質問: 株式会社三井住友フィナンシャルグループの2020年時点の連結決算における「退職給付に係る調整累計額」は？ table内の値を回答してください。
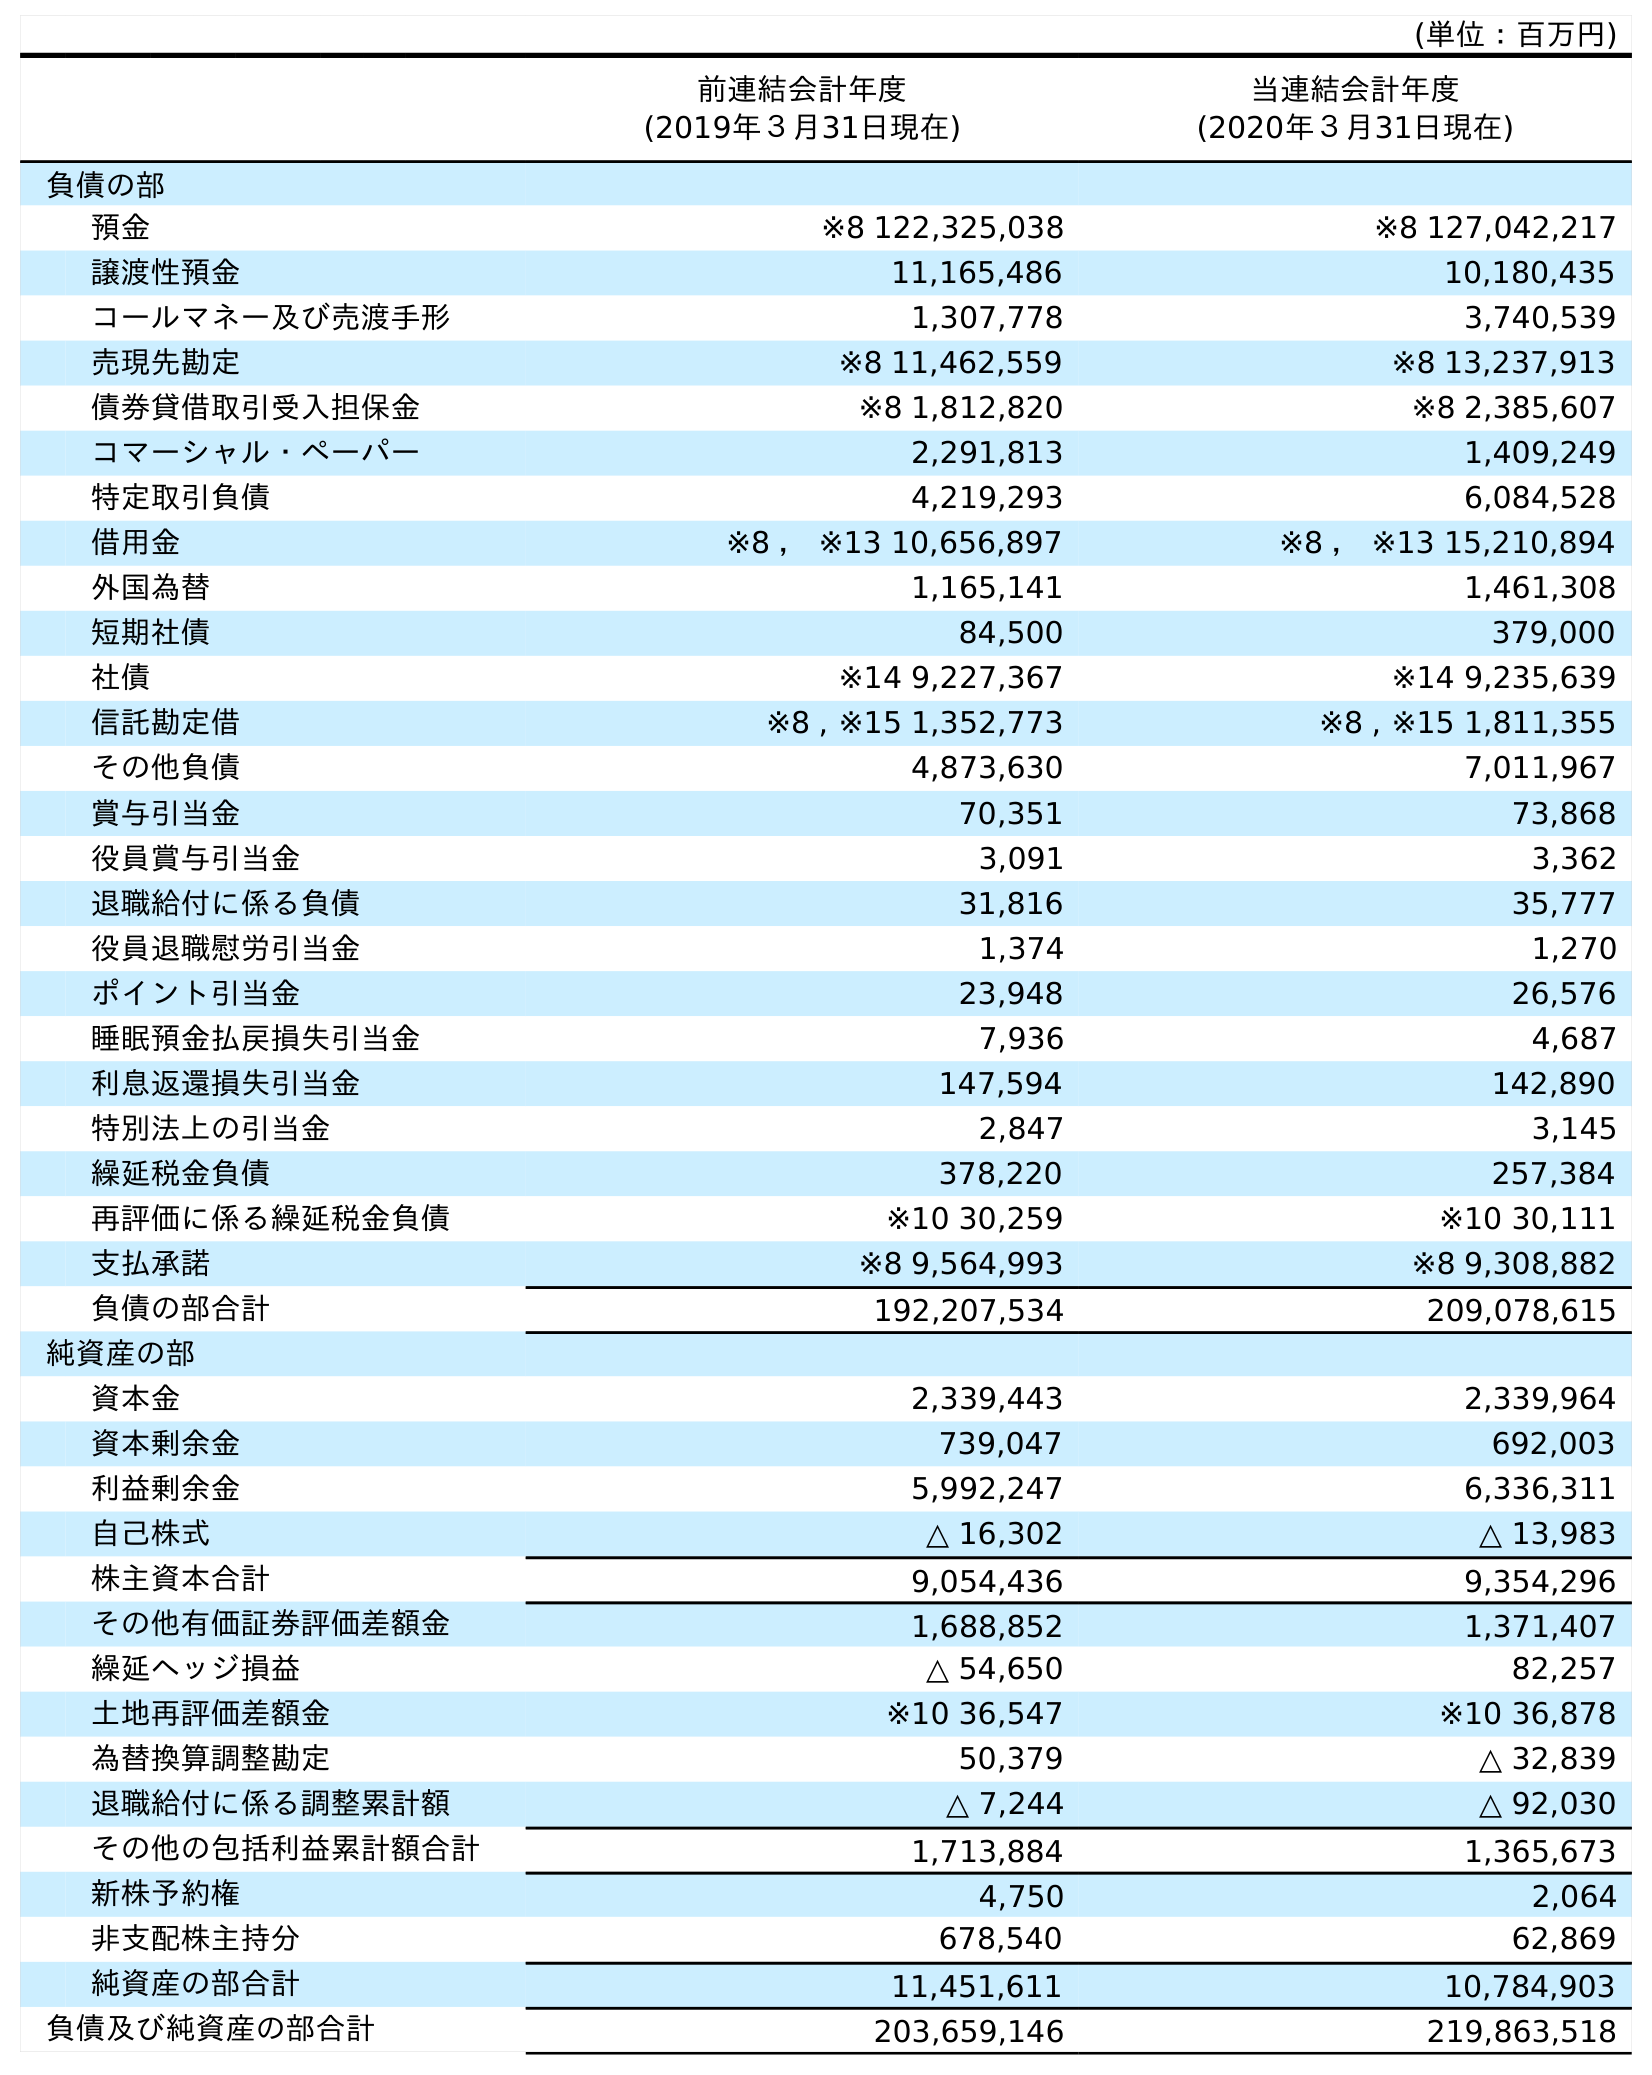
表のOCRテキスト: (単位：百万円) 前連結会計年度 (2019年３月31日現在) 当連結会計年度 (2020年３月31日現在) 負債の部 預金 ※8 122,325,038 ※8 127,042,217 譲渡性預金 11,165,486 10,180,435 コールマネー及び売渡手形 1,307,778 3,740,539 売現先勘定 ※8 11,462,559 ※8 13,237,913 債券貸借取引受入担保金 ※8 1,812,820 ※8 2,385,607 コマーシャル・ペーパー 2,291,813 1,409,249 特定取引負債 4,219,293 6,084,528 借用金 ※8 ， ※13 10,656,897 ※8 ， ※13 15,210,894 外国為替 1,165,141 1,461,308 短期社債 84,500 379,000 社債 ※14 9,227,367 ※14 9,235,639 信託勘定借 ※8 , ※15 1,352,773 ※8 , ※15 1,811,355 その他負債 4,873,630 7,011,967 賞与引当金 70,351 73,868 役員賞与引当金 3,091 3,362 退職給付に係る負債 31,816 35,777 役員退職慰労引当金 1,374 1,270 ポイント引当金 23,948 26,576 睡眠預金払戻損失引当金 7,936 4,687 利息返還損失引当金 147,594 142,890 特別法上の引当金 2,847 3,145 繰延税金負債 378,220 257,384 再評価に係る繰延税金負債 ※10 30,259 ※10 30,111 支払承諾 ※8 9,564,993 ※8 9,308,882 負債の部合計 192,207,534 209,078,615 純資産の部 資本金 2,339,443 2,339,964 資本剰余金 739,047 692,003 利益剰余金 5,992,247 6,336,311 自己株式 △ 16,302 △ 13,983 株主資本合計 9,054,436 9,354,296 その他有価証券評価差額金 1,688,852 1,371,407 繰延ヘッジ損益 △ 54,650 82,257 土地再評価差額金 ※10 36,547 ※10 36,878 為替換算調整勘定 50,379 △ 32,839 退職給付に係る調整累計額 △ 7,244 △ 92,030 その他の包括利益累計額合計 1,713,884 1,365,673 新株予約権 4,750 2,064 非支配株主持分 678,540 62,869 純資産の部合計 11,451,611 10,784,903 負債及び純資産の部合計 203,659,146 219,863,518
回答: △92,030